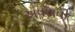
અવયવી